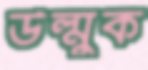
উল্মুক